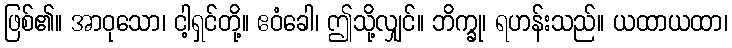
ဖြစ်၏။ အာဝုသော၊ ငါ့ရှင်တို့။ ဧဝံခေါ၊ ဤသို့လျှင်။ ဘိက္ခု၊ ရဟန်းသည်။ ယထာယထာ၊